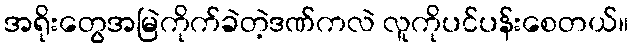
အရိုးတွေအမြဲကိုက်ခဲတဲ့ဒဏ်ကလဲ လူကိုပင်ပန်းစေတယ်။